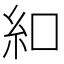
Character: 𫃜